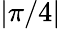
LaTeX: |\pi/4|